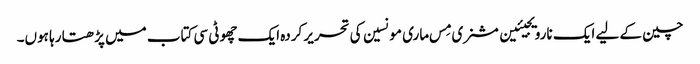
چین کے لیے ایک نارویجیئین مشنری مِس ماری مونسین کی تحریر کردہ ایک چھوٹی سی کتاب میں پڑھتا رہا ہوں۔